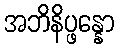
အဘိနိပ္ဖန္နော